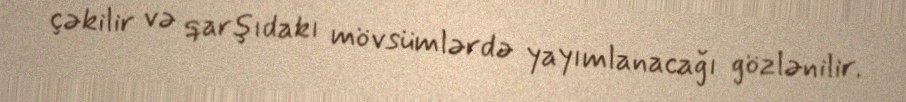
çəkilir və qarşıdakı mövsümlərdə yayımlanacağı gözlənilir.